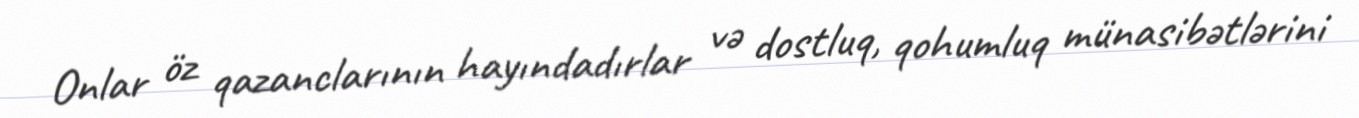
Onlar öz qazanclarının hayındadırlar və dostluq, qohumluq münasibətlərini